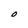
Character: O